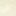
الى